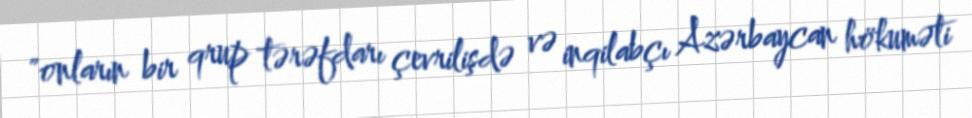
"onların bir qrup tərəfdarı çevrilişdə və inqilabçı Azərbaycan hökuməti